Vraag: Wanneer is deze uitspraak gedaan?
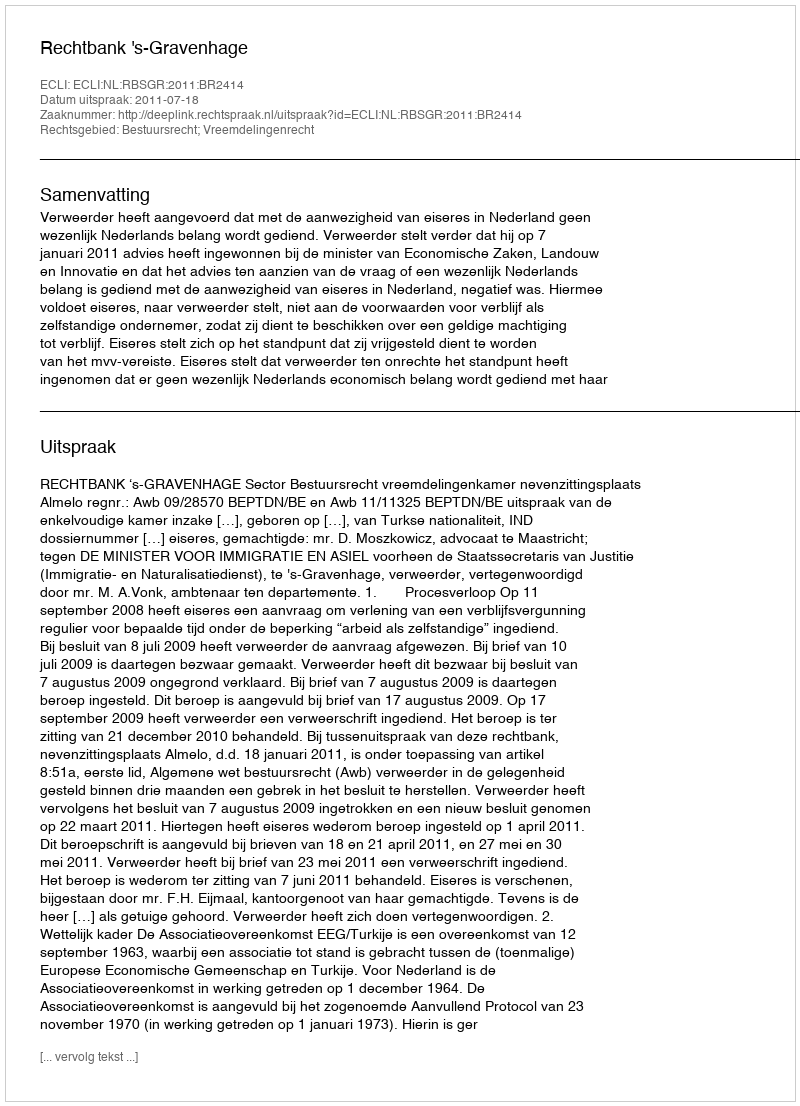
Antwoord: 2011-07-18